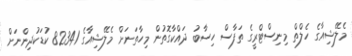
މެލޭޝިއާގެ ހެލްތް މިނިސްޓްރީގެ ތަފާސް ހިސާބު ދައްކާގޮތުން މިހާތަނަށް މެލޭޝިއާގެ 82341 ކުޑަކުދިންނަށް